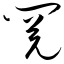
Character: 阅